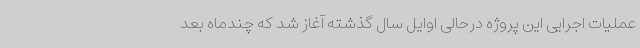
عملیات اجرایی این پروژه درحالی اوایل سال گذشته آغاز شد که چندماه بعد